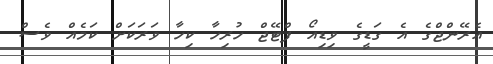
އެރޭންޖްގެ އެ ގަޑީގެ ވިޑިއޯ ފްޓޭޖް ހުރިހާ ކިހާ ވަރަކަށް ކަމެއް ވެސް